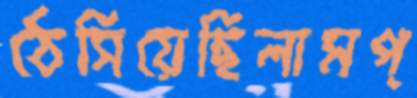
ঠেসিয়েছিলামপ্